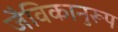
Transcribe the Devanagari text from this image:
जैविकानुरूप